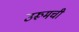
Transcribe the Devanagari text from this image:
उरूमची